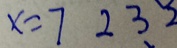
x = 7 2 3 2